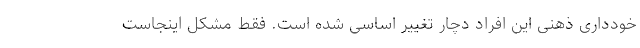
خودداری ذهنی این افراد دچار تغییر اساسی شده است. فقط مشکل اینجاست